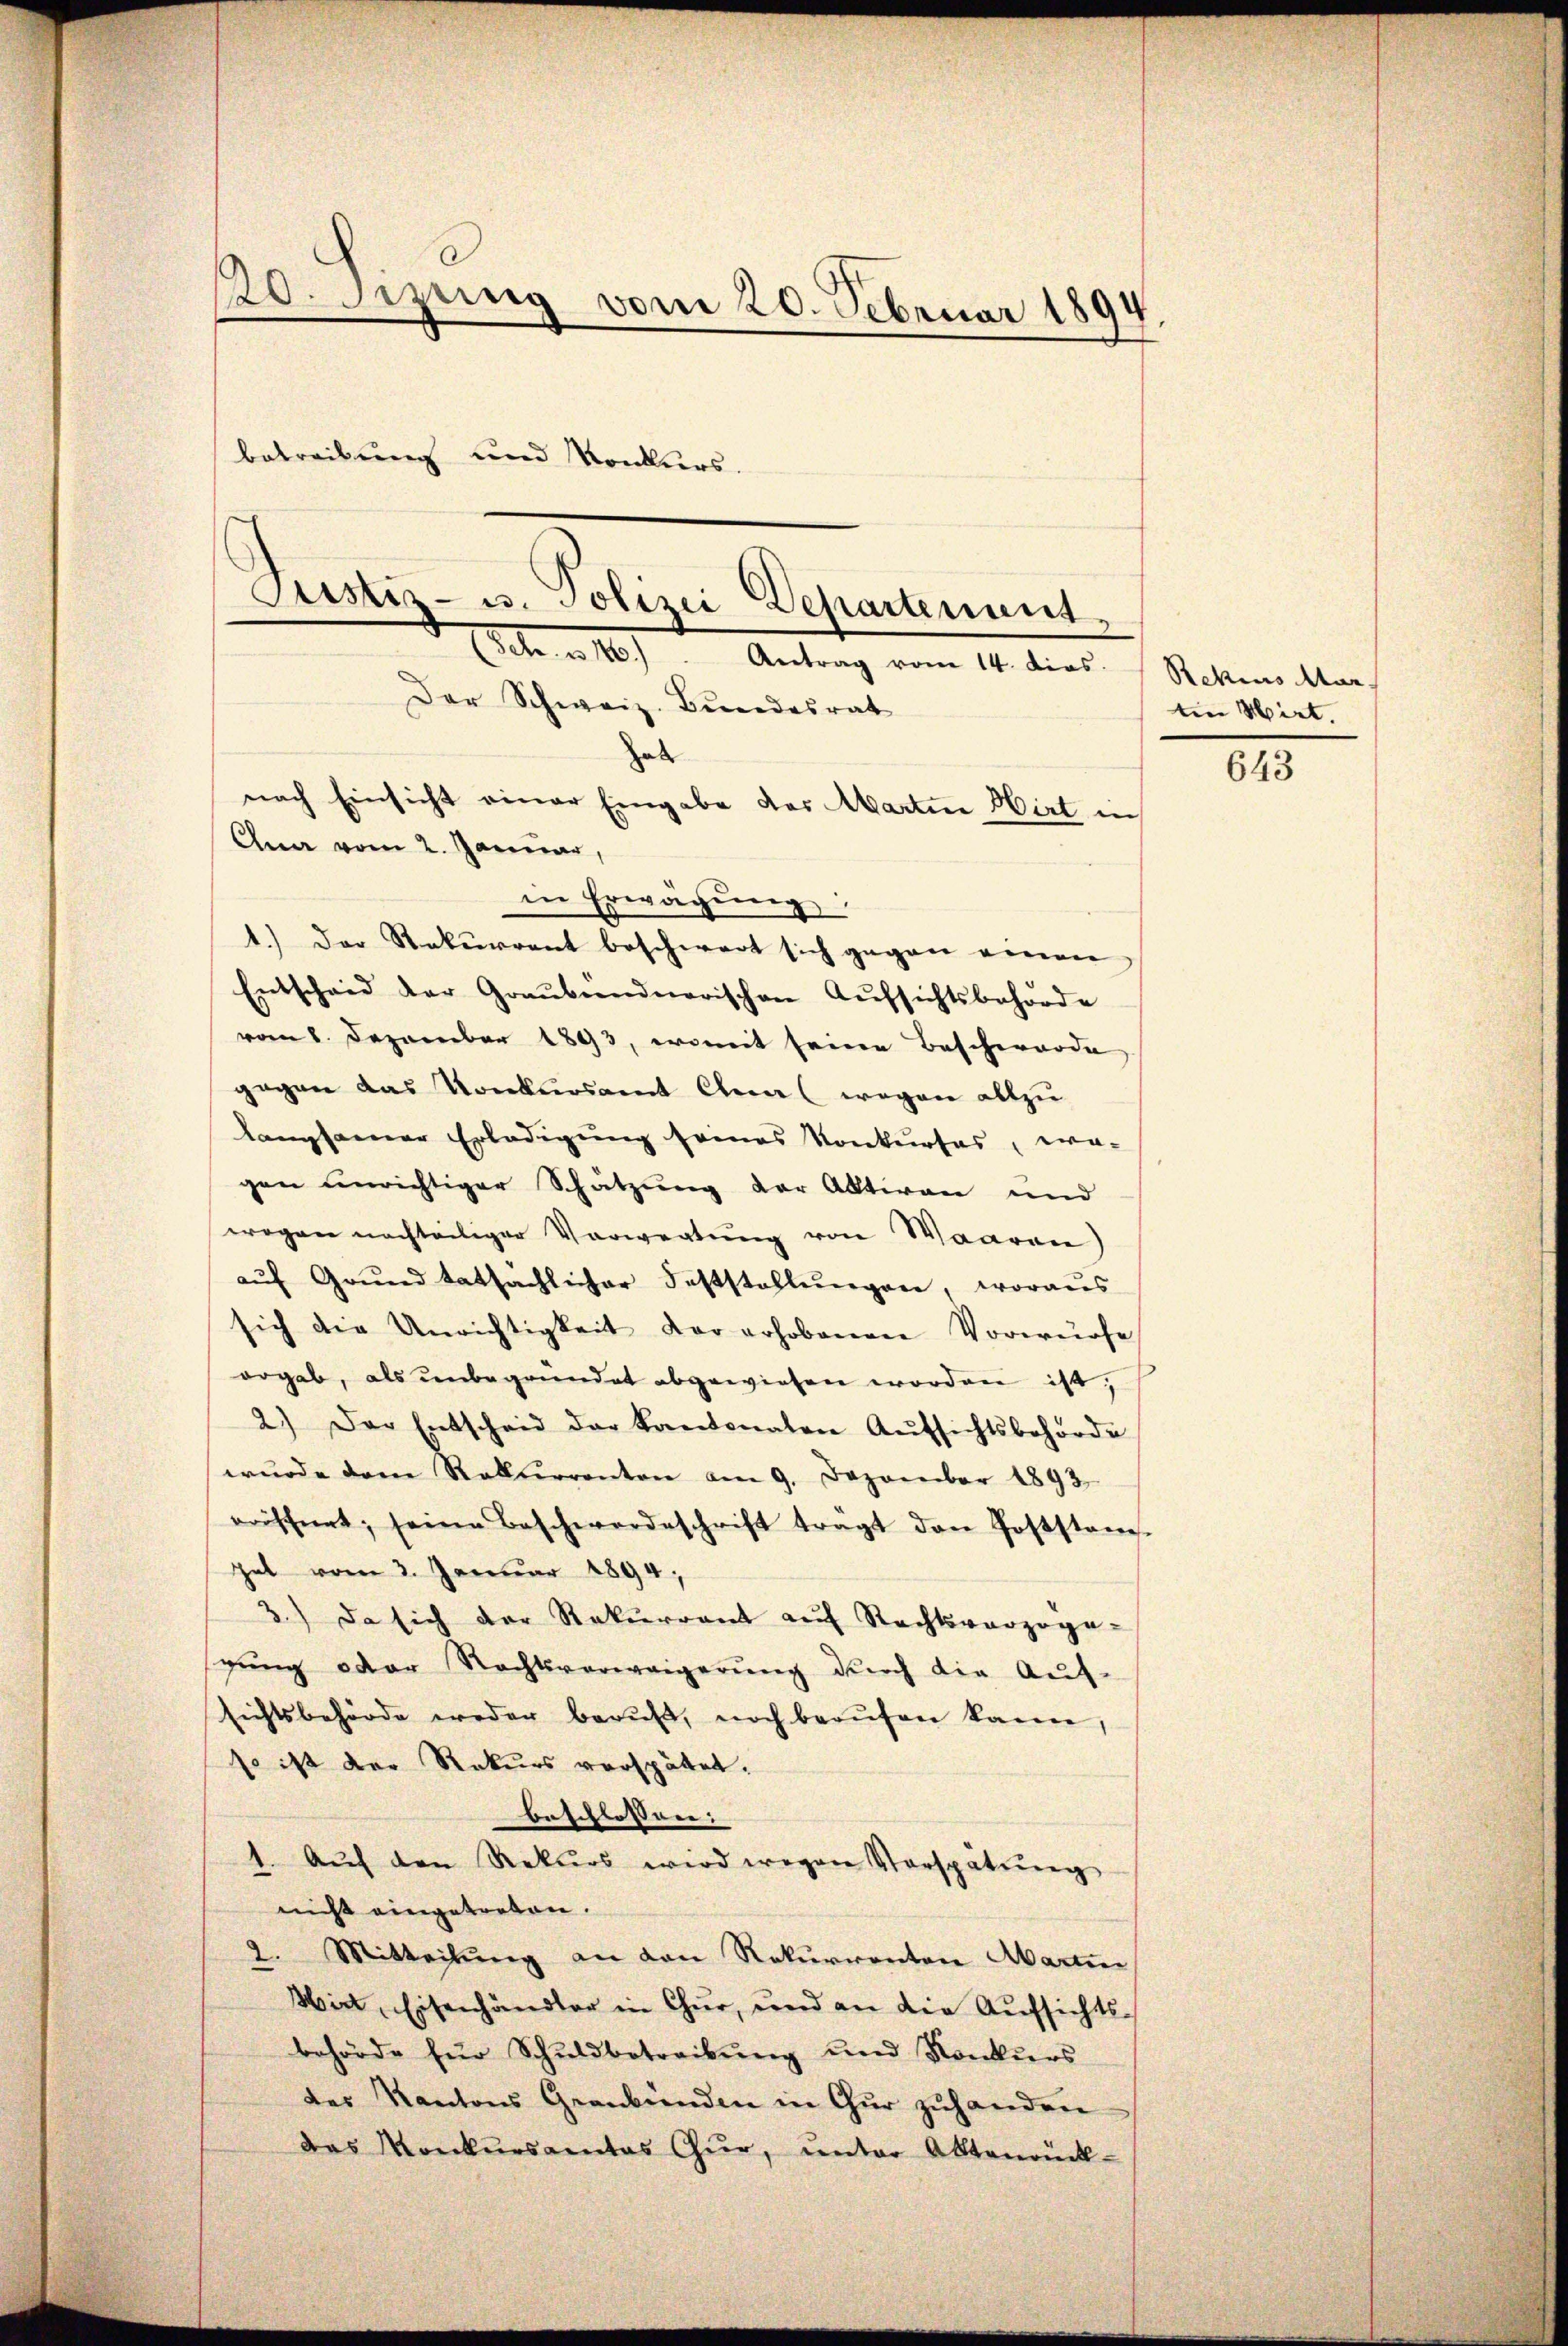
20. Jezung vom 20. Februar 1894
d
betreibung und Konkurs.
Justiz- u. Polizei Departenunt
(Sch. a. 116). Antrag vom 14. dies.  Rehius Mar

Der Schweiz. Bundesrat
hal
nach Einsicht einer Eingabe das Martin Hirt in
Ana vom 2. Januar,

in Erwägŭng:
1.) Der Rekurrent beschwert sich gegen einen
Entscheid der Graŭbendnerischen Aŭfsichtsbehörde
vom 8. Dezember 1893, womit seinen Beschwerde
gegen das Konkursamt Anna (wegen allzu
langsamer Erledigung seines Konkurses, wo-
gen unrichtiger Schatzung der Aktiven und
wegen nachteiliger Verwertung von Waaren)
aŭf Grŭnd tatsächlicher Feststellŭngen, woraus
sich die Unrichtigkeit der erhobenen Vorwürfe
ergab, als unbegründet abgewiesen worden ist,
2.) Der Entscheid der Kantonalen Aŭfsichtsbehörde
wŭrde dem Rekurrenten am 9. Dezember 1893.
erischnet, seine Beschwerdeschrift tragt den Poststanz
gat vom 3. Januar 1894,
3.) Da sich der Rekurrent auf Rechtsvorzogegŭng oder Nachtsverweigerŭng durch die Aŭf-
sichtsbehörde weder beruf, noch berŭfen kann,
so ist der Rekurs verspätet.
beschlossen:
1. Aŭf den Rekurs wird wegen Verspatŭng
nicht eingetreten.
2. Mitteilŭng an den Rekurrenten Martin
Mirt, Eisenhändler in Chur, und an die Aufsichts-
behörde für Schuldbetreibŭng und Konkŭrs
des Kantons Graubünden in Gŭr zŭhanden
das Konkŭrsamtes Gŭr, ŭnter Aktenrück-

ten Mirt.

643